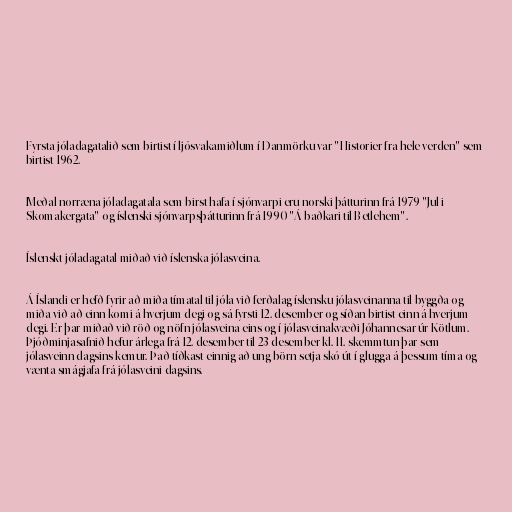
Fyrsta jóladagatalið sem birtist í ljósvakamiðlum í Danmörku var "Historier fra hele verden" sem
birtist 1962.

Meðal norræna jóladagatala sem birst hafa í sjónvarpi eru norski þátturinn frá 1979 "Jul i
Skomakergata" og íslenski sjónvarpsþátturinn frá 1990 "Á baðkari til Betlehem".

Íslenskt jóladagatal miðað við íslenska jólasveina.

Á Íslandi er hefð fyrir að miða tímatal til jóla við ferðalag íslensku jólasveinanna til byggða og
miða við að einn komi á hverjum degi og sá fyrsti 12. desember og síðan birtist einn á hverjum
degi. Er þar miðað við röð og nöfn jólasveina eins og í jólasveinakvæði Jóhannesar úr Kötlum.
Þjóðminjasafnið hefur árlega frá 12. desember til 23 desember kl. 11. skemmtun þar sem
jólasveinn dagsins kemur. Það tíðkast einnig að ung börn setja skó út í glugga á þessum tíma og
vænta smágjafa frá jólasveini dagsins.